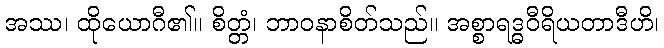
အဿ၊ ထိုယောဂီ၏။ စိတ္တံ၊ ဘာဝနာစိတ်သည်။ အစ္စာရဒ္ဓဝီရိယတာဒီဟိ၊